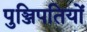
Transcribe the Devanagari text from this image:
पुञ्जिपतियों